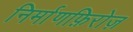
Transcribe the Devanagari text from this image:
निर्माणफ़िरोज़